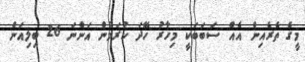
މީގެ ތެރެއިން އެއް ސަބަބަކީ މިހާރު ހޭދަ ކުރަމުން އަންނަ 26 ބިލިއަން